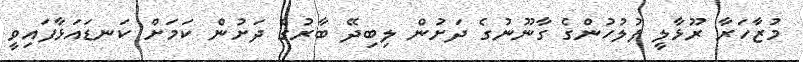
މުޒާހަރާ ރޫޅާލީ ފުލުހުންގެ ގާނޫނުގެ ދަށުން ލިބިދޭ ބާރުގެ ދަށުން ކަމަށް ކަނޑައަޅާފައިވީ